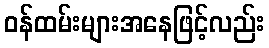
ဝန်ထမ်းများအနေဖြင့်လည်း